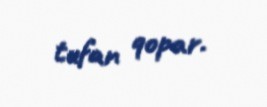
tufan qopar.